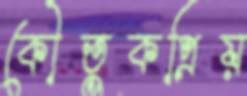
কৌতুকপ্রিয়